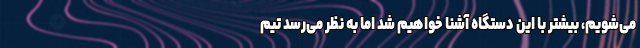
می‌شویم، بیشتر با این دستگاه آشنا خواهیم شد اما به نظر می‌رسد تیم